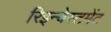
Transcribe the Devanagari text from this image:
रिइन्वेस्टमेंट